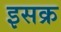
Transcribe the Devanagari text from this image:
इसक्र